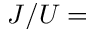
J / U =